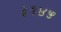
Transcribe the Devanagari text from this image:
३१४५